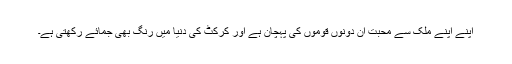
اپنے اپنے ملک سے محبت ان دونوں قوموں کی پہچان ہے اور کرکٹ کی دنیا میں رنگ بھی جمائے رکھتی ہے۔